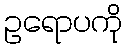
ဥရောပကို